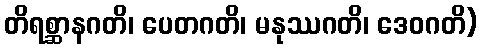
တိရစ္ဆာနဂတိ၊ ပေတဂတိ၊ မနုဿဂတိ၊ ဒေဝဂတိ)